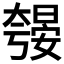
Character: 𱘼